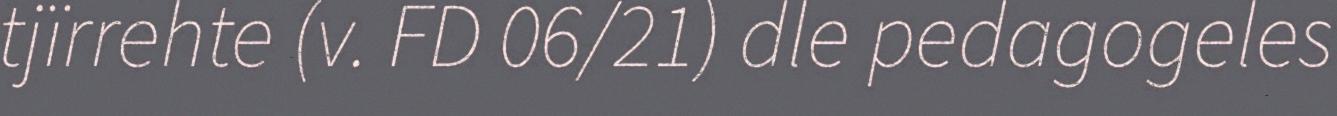
tjïrrehte (v. FD 06/21) dle pedagogeles